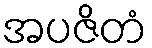
အပဇိတံ